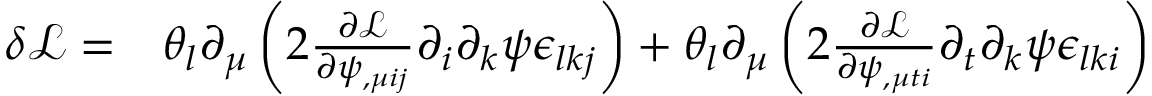
\begin{array} { r l } { \delta \mathcal { L } = } & { { } \theta _ { l } \partial _ { \mu } \left( 2 \frac { \partial \mathcal L } { \partial \psi _ { , \mu i j } } \partial _ { i } \partial _ { k } \psi \epsilon _ { l k j } \right) + \theta _ { l } \partial _ { \mu } \left( 2 \frac { \partial \mathcal L } { \partial \psi _ { , \mu t i } } \partial _ { t } \partial _ { k } \psi \epsilon _ { l k i } \right) } \end{array}